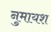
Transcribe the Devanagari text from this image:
नुमायश